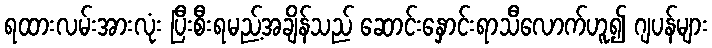
ရထားလမ်းအားလုံး ပြီးစီးရမည့်အချိန်သည် ဆောင်းနှောင်းရာသီလောက်ဟူ၍ ဂျပန်များ